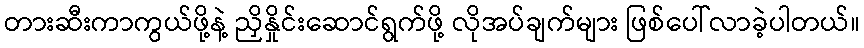
တားဆီးကာကွယ်ဖို့နဲ့ ညှိနှိုင်းဆောင်ရွက်ဖို့ လိုအပ်ချက်များ ဖြစ်ပေါ်လာခဲ့ပါတယ်။